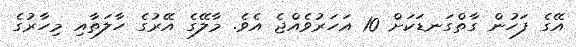
އޭގެ ފަހުން ގާތްގަނޑަކަށް 10 އަހަރުވެއްޖެ އެވެ. މާލޭގެ އޭރުގެ ހާލަތާއި މިހާރުގެ